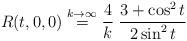
LaTeX: \begin{align*}R(t,0,0)\buildrel{k \to \infty}\over=\frac{4}{k} \; \frac{3+\cos^2 t }{2\sin^2 t }\end{align*}